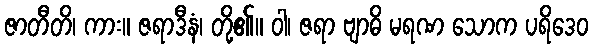
ဇာတီတိ၊ ကား။ ဇရာဒီနံ၊ တို့၏။ ဝါ၊ ဇရာ ဗျာဓိ မရဏ သောက ပရိဒေဝ